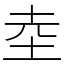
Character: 坴